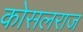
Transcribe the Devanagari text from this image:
कोसलराज